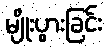
မျိုးပွားခြင်း